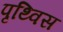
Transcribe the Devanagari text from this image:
पृथ्विस